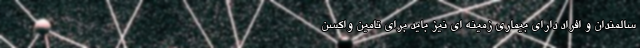
سالمندان و افراد دارای بیماری زمینه ای نیز باید برای تامین واکسن